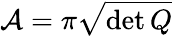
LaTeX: \mathcal{A}=\pi\sqrt{\operatorname*{det}Q}